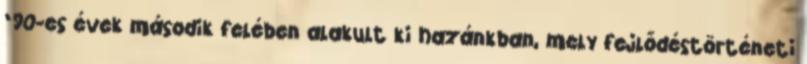
’90-es évek második felében alakult ki hazánkban, mely fejlődéstörténeti